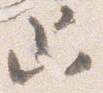
只